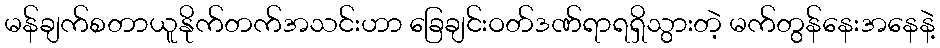
မန်ချက်စတာယူနိုက်တက်အသင်းဟာ ခြေချင်းဝတ်ဒဏ်ရာရရှိသွားတဲ့ မက်တွန်နေးအနေနဲ့